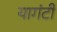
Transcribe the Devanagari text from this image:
यागंटी